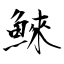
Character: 鯠